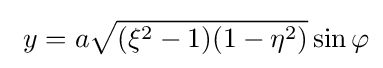
\ y=a{\sqrt {(\xi ^{2}-1)(1-\eta ^{2})}}\sin \varphi